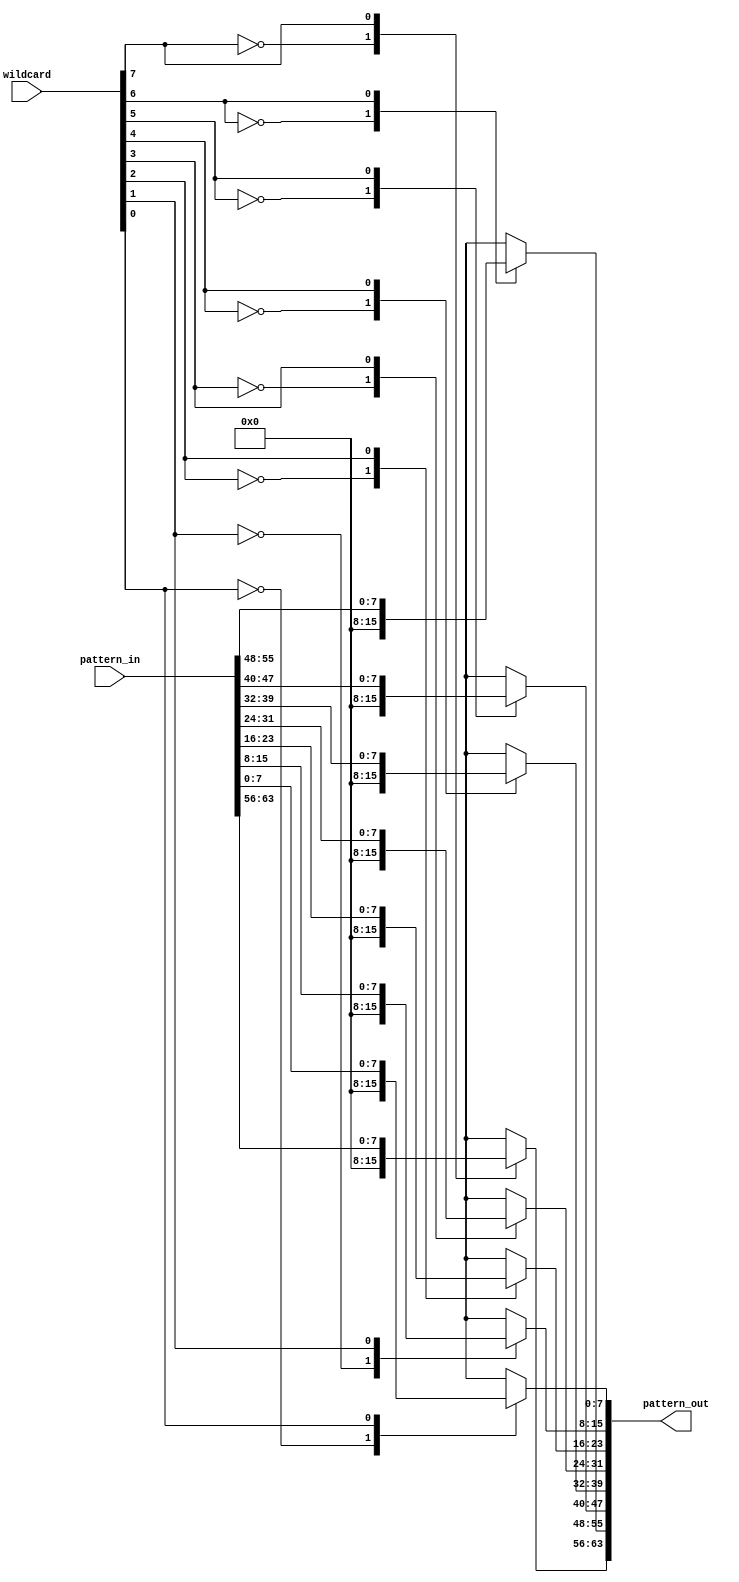
`timescale 1ns / 1ps
//////////////////////////////////////////////////////////////////////////////////
// Company: 
// Engineer: 
// 
// Design Name: 
// Module Name:    pattern_filter 
// Project Name: 
// Target Devices: 
// Tool versions: 
// Description: 
//
// Dependencies: 
//
// Revision: 
// Revision 0.01 - File Created
// Additional Comments: 
//
//////////////////////////////////////////////////////////////////////////////////
module pattern_filter(
    input [63:0] pattern_in,
    input [7:0] wildcard,
    output [63:0] pattern_out
    );
	 
	 reg [63:0] pattern_O;
	 assign pattern_out = pattern_O;
	 
	 always @(*)begin
		case(wildcard[0])
			1'b0: pattern_O[7:0] = 8'b00000000;
			1'b1: pattern_O[7:0] = pattern_in[7:0];
		endcase
	 end

     always @(*)begin
		case(wildcard[1])
			1'b0: pattern_O[15:8] = 8'b00000000;
			1'b1: pattern_O[15:8] = pattern_in[15:8];
		endcase
	 end

     always @(*)begin
		case(wildcard[2])
			1'b0: pattern_O[23:16] = 8'b00000000;
			1'b1: pattern_O[23:16] = pattern_in[23:16];
		endcase
	 end

     always @(*)begin
		case(wildcard[3])
			1'b0: pattern_O[31:24] = 8'b00000000;
			1'b1: pattern_O[31:24] = pattern_in[31:24];
		endcase
	 end

     always @(*)begin
		case(wildcard[4])
			1'b0: pattern_O[39:32] = 8'b00000000;
			1'b1: pattern_O[39:32] = pattern_in[39:32];
		endcase
	 end

     always @(*)begin
		case(wildcard[5])
			1'b0: pattern_O[47:40] = 8'b00000000;
			1'b1: pattern_O[47:40] = pattern_in[47:40];
		endcase
	 end

     always @(*)begin
		case(wildcard[6])
			1'b0: pattern_O[55:48] = 8'b00000000;
			1'b1: pattern_O[55:48] = pattern_in[55:48];
		endcase
	 end

     always @(*)begin
		case(wildcard[7])
			1'b0: pattern_O[63:56] = 8'b00000000;
			1'b1: pattern_O[63:56] = pattern_in[63:56];
		endcase
	 end

endmodule